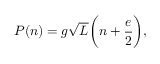
P ( n ) = g \sqrt L \bigg ( n + \frac { e } { 2 } \bigg ) ,